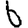
Digit: 6